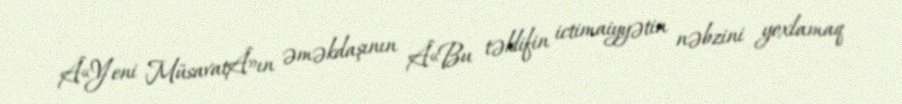
Â«Yeni MüsavatÂ»ın əməkdaşının Â«Bu təklifin ictimaiyyətin nəbzini yoxlamaq